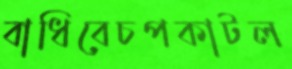
বাধিবেচপকাটল